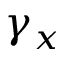
\gamma _ { x }